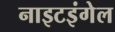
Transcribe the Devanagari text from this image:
नाइटइंगेल